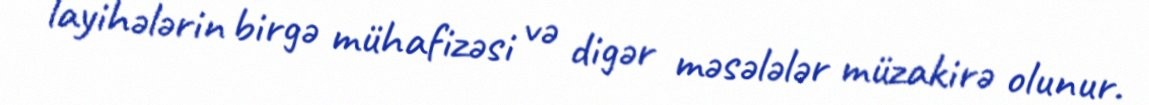
layihələrin birgə mühafizəsi və digər məsələlər müzakirə olunur.